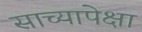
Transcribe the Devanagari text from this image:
साच्यापेक्षा